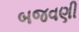
બજવણી